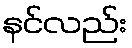
နင်လည်း